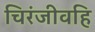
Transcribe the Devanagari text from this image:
चिरंजीवहि